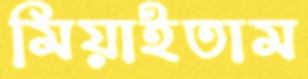
মিয়াইতাম